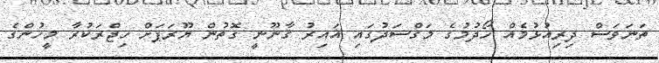
ތަނަވަސް ދިރިއުޅުމެއް ހޯދުމުގެ މަގްސަދުގައި ޣައިރު ގާނޫނީ ގޮތުން ޔޫރަޕަށް ހިޖްރަކުރާ މީހުންގެ